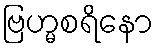
ဗြဟ္မစရိနော